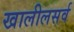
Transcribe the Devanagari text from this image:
खालीलसर्व